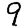
Digit: 9